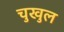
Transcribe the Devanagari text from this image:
चुखुल